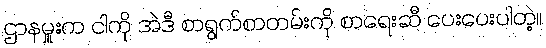
ဌာနမှူးက ငါကို အဲဒီ စာရွက်စာတမ်းကို စာရေးဆီ ပေးပေးပါတဲ့။